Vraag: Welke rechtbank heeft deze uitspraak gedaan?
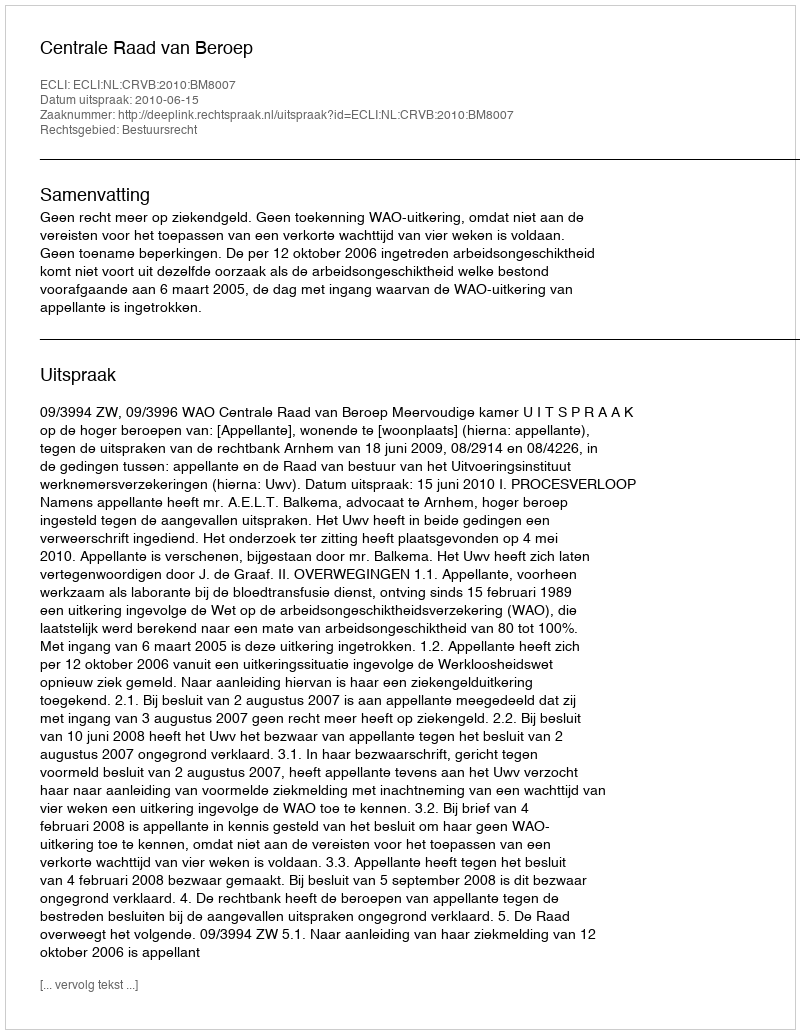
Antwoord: Centrale Raad van Beroep